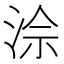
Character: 𪶅